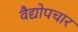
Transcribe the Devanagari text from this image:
वैद्योपचार